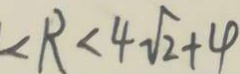
< R < 4 \sqrt { 2 } + 4